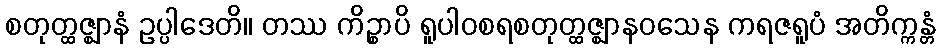
စတုတ္ထဇ္ဈာနံ ဥပ္ပါဒေတိ။ တဿ ကိဉ္စာပိ ရူပါဝစရစတုတ္ထဇ္ဈာနဝသေန ကရဇရူပံ အတိက္ကန္တံ